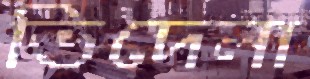
ভিদেলা